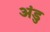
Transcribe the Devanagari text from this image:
अंडु